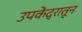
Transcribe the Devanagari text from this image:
उपकेंद्रातून